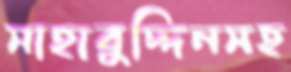
সাহাবুদ্দিনসহ